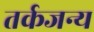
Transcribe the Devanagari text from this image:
तर्कजन्य